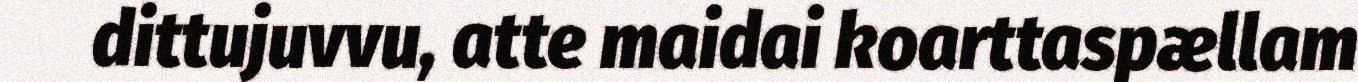
dittujuvvu, atte maidai koarttaspællam